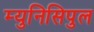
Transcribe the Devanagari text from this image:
म्युनिसिपुल